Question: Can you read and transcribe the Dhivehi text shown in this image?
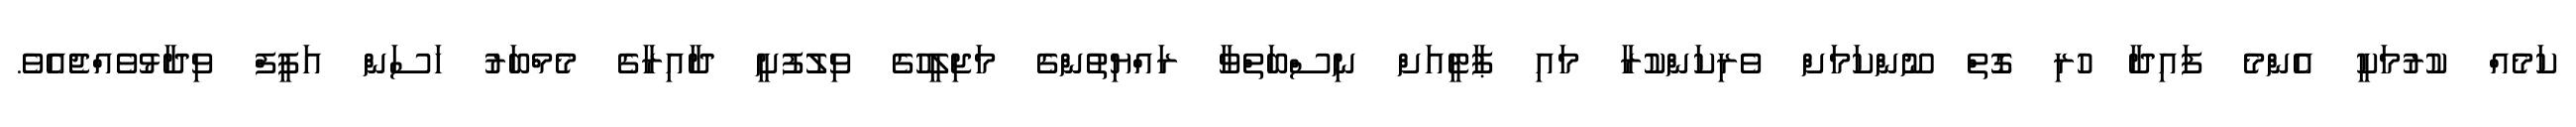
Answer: ކަމެއް ކުރުމަކީ އެންމެ ފައިދާ ހުރި ގޮތް ނޫންކަމަށް ވެރިކަންކުރާ މައި ޕާޓީއަށް ނިސްބަތްވާ ރައްޔިތުންގެ މަޖިލީހުގެ ވިލުފުށީ ދާއިރާގެ މެމްބަރު ހަސަން އަފީފް ވިދާޅުވެއްޖެއެވެ.